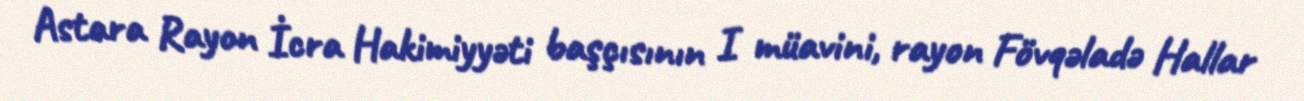
Astara Rayon İcra Hakimiyyəti başçısının I müavini, rayon Fövqəladə Hallar